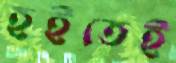
হইতেই